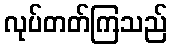
လုပ်တတ်ကြသည်